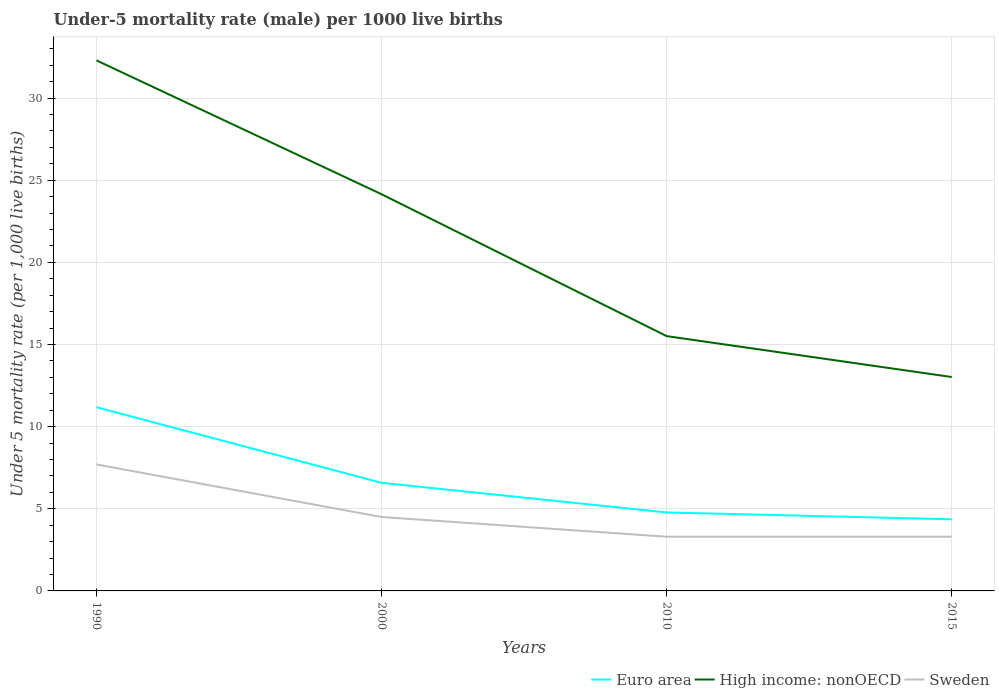
| Years | Euro area | High income: nonOECD | Sweden |
 | --- | --- | --- | --- |
 | 1990 | 11.2 | 32.3 | 7.7 |
 | 2000 | 6.58 | 24.1 | 4.5 |
 | 2010 | 4.78 | 15.5 | 3.3 |
 | 2015 | 4.36 | 13 | 3.3 |